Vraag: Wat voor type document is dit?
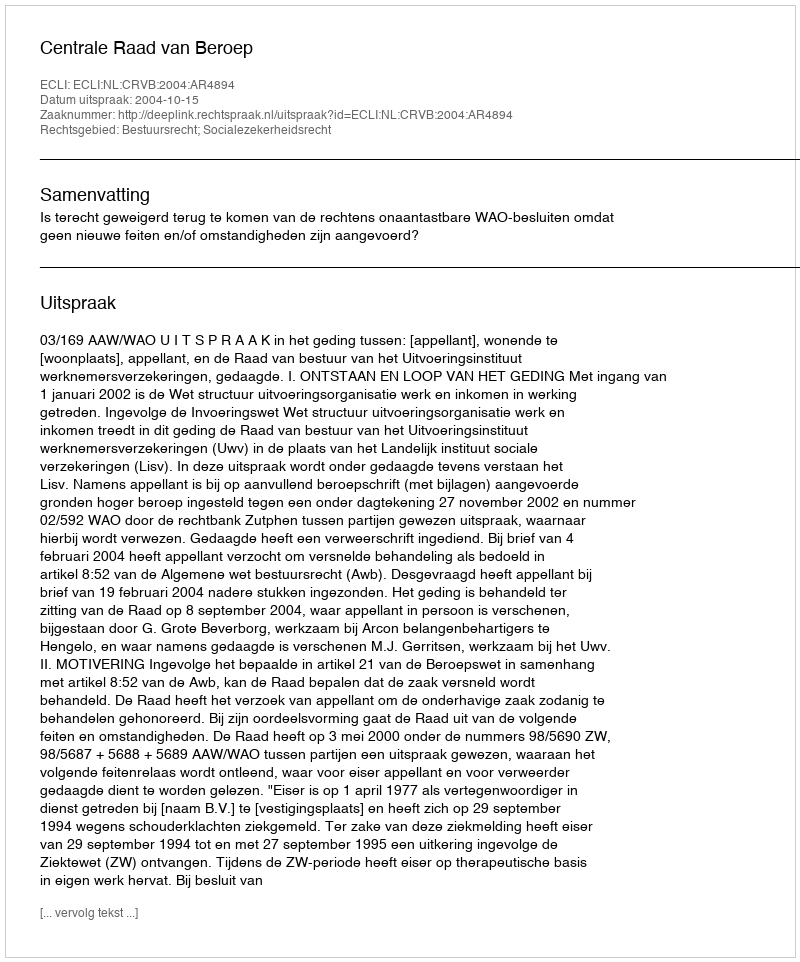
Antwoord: Uitspraak